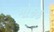
મોહક